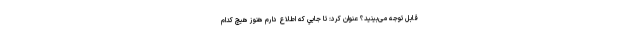
قابل توجه می‌بینید؟ عنوان کرد: تا جايي كه اطلاع دارم هنوز هيچ كدام